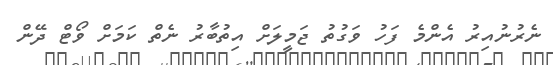
ނެރުނުއިރު އެންމެ ފަހު ވަގުތު ޖަމީލަށް އިތުބާރު ނެތް ކަމަށް ވޯޓް ދޭން